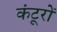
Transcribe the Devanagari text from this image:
कंटूरों